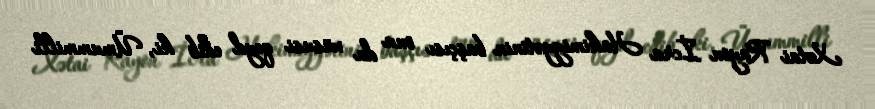
Xətai Rayon İcra Hakimiyyətinin başçısı onu da xüsusi qeyd edib ki, Ümummilli